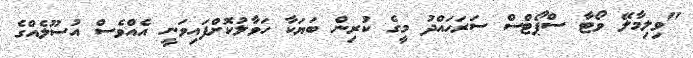
"ވިލިމާލޭ ވޯޓާ ސްޕޯޓްސް ސަރަހައްދު މީގެ ކުރިން ބަޔަކާ ހަވާލުކޮށްފައިވަނީ އެއްވެސް އުސޫލެއްގެ